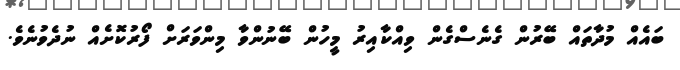
ބައެއް މުދާތައް ބޭރުން ގެނެސްގެން ވިއްކާއިރު މީހުން ބޭނުންވާ މިންވަރަށް ފޯރުކޮށެއް ނުދެވުނެވެ.